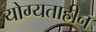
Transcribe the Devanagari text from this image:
योग्यताहीन